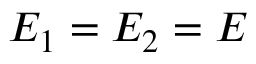
E _ { 1 } = E _ { 2 } = E